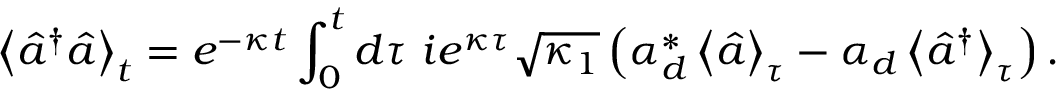
\left\langle \hat { a } ^ { \dagger } \hat { a } \right\rangle _ { t } = e ^ { - \kappa t } \int _ { 0 } ^ { t } d \tau \ i e ^ { \kappa \tau } \sqrt { \kappa _ { 1 } } \left( \alpha _ { d } ^ { * } \left\langle \hat { a } \right\rangle _ { \tau } - \alpha _ { d } \left\langle \hat { a } ^ { \dagger } \right\rangle _ { \tau } \right) .